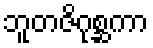
ဘူတဇိဂုစ္ဆကာ